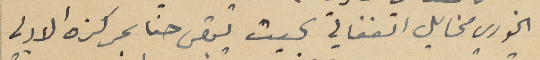
الخوري مخايل الفغالي بحيث يبقى حنا بمركزه الادبي